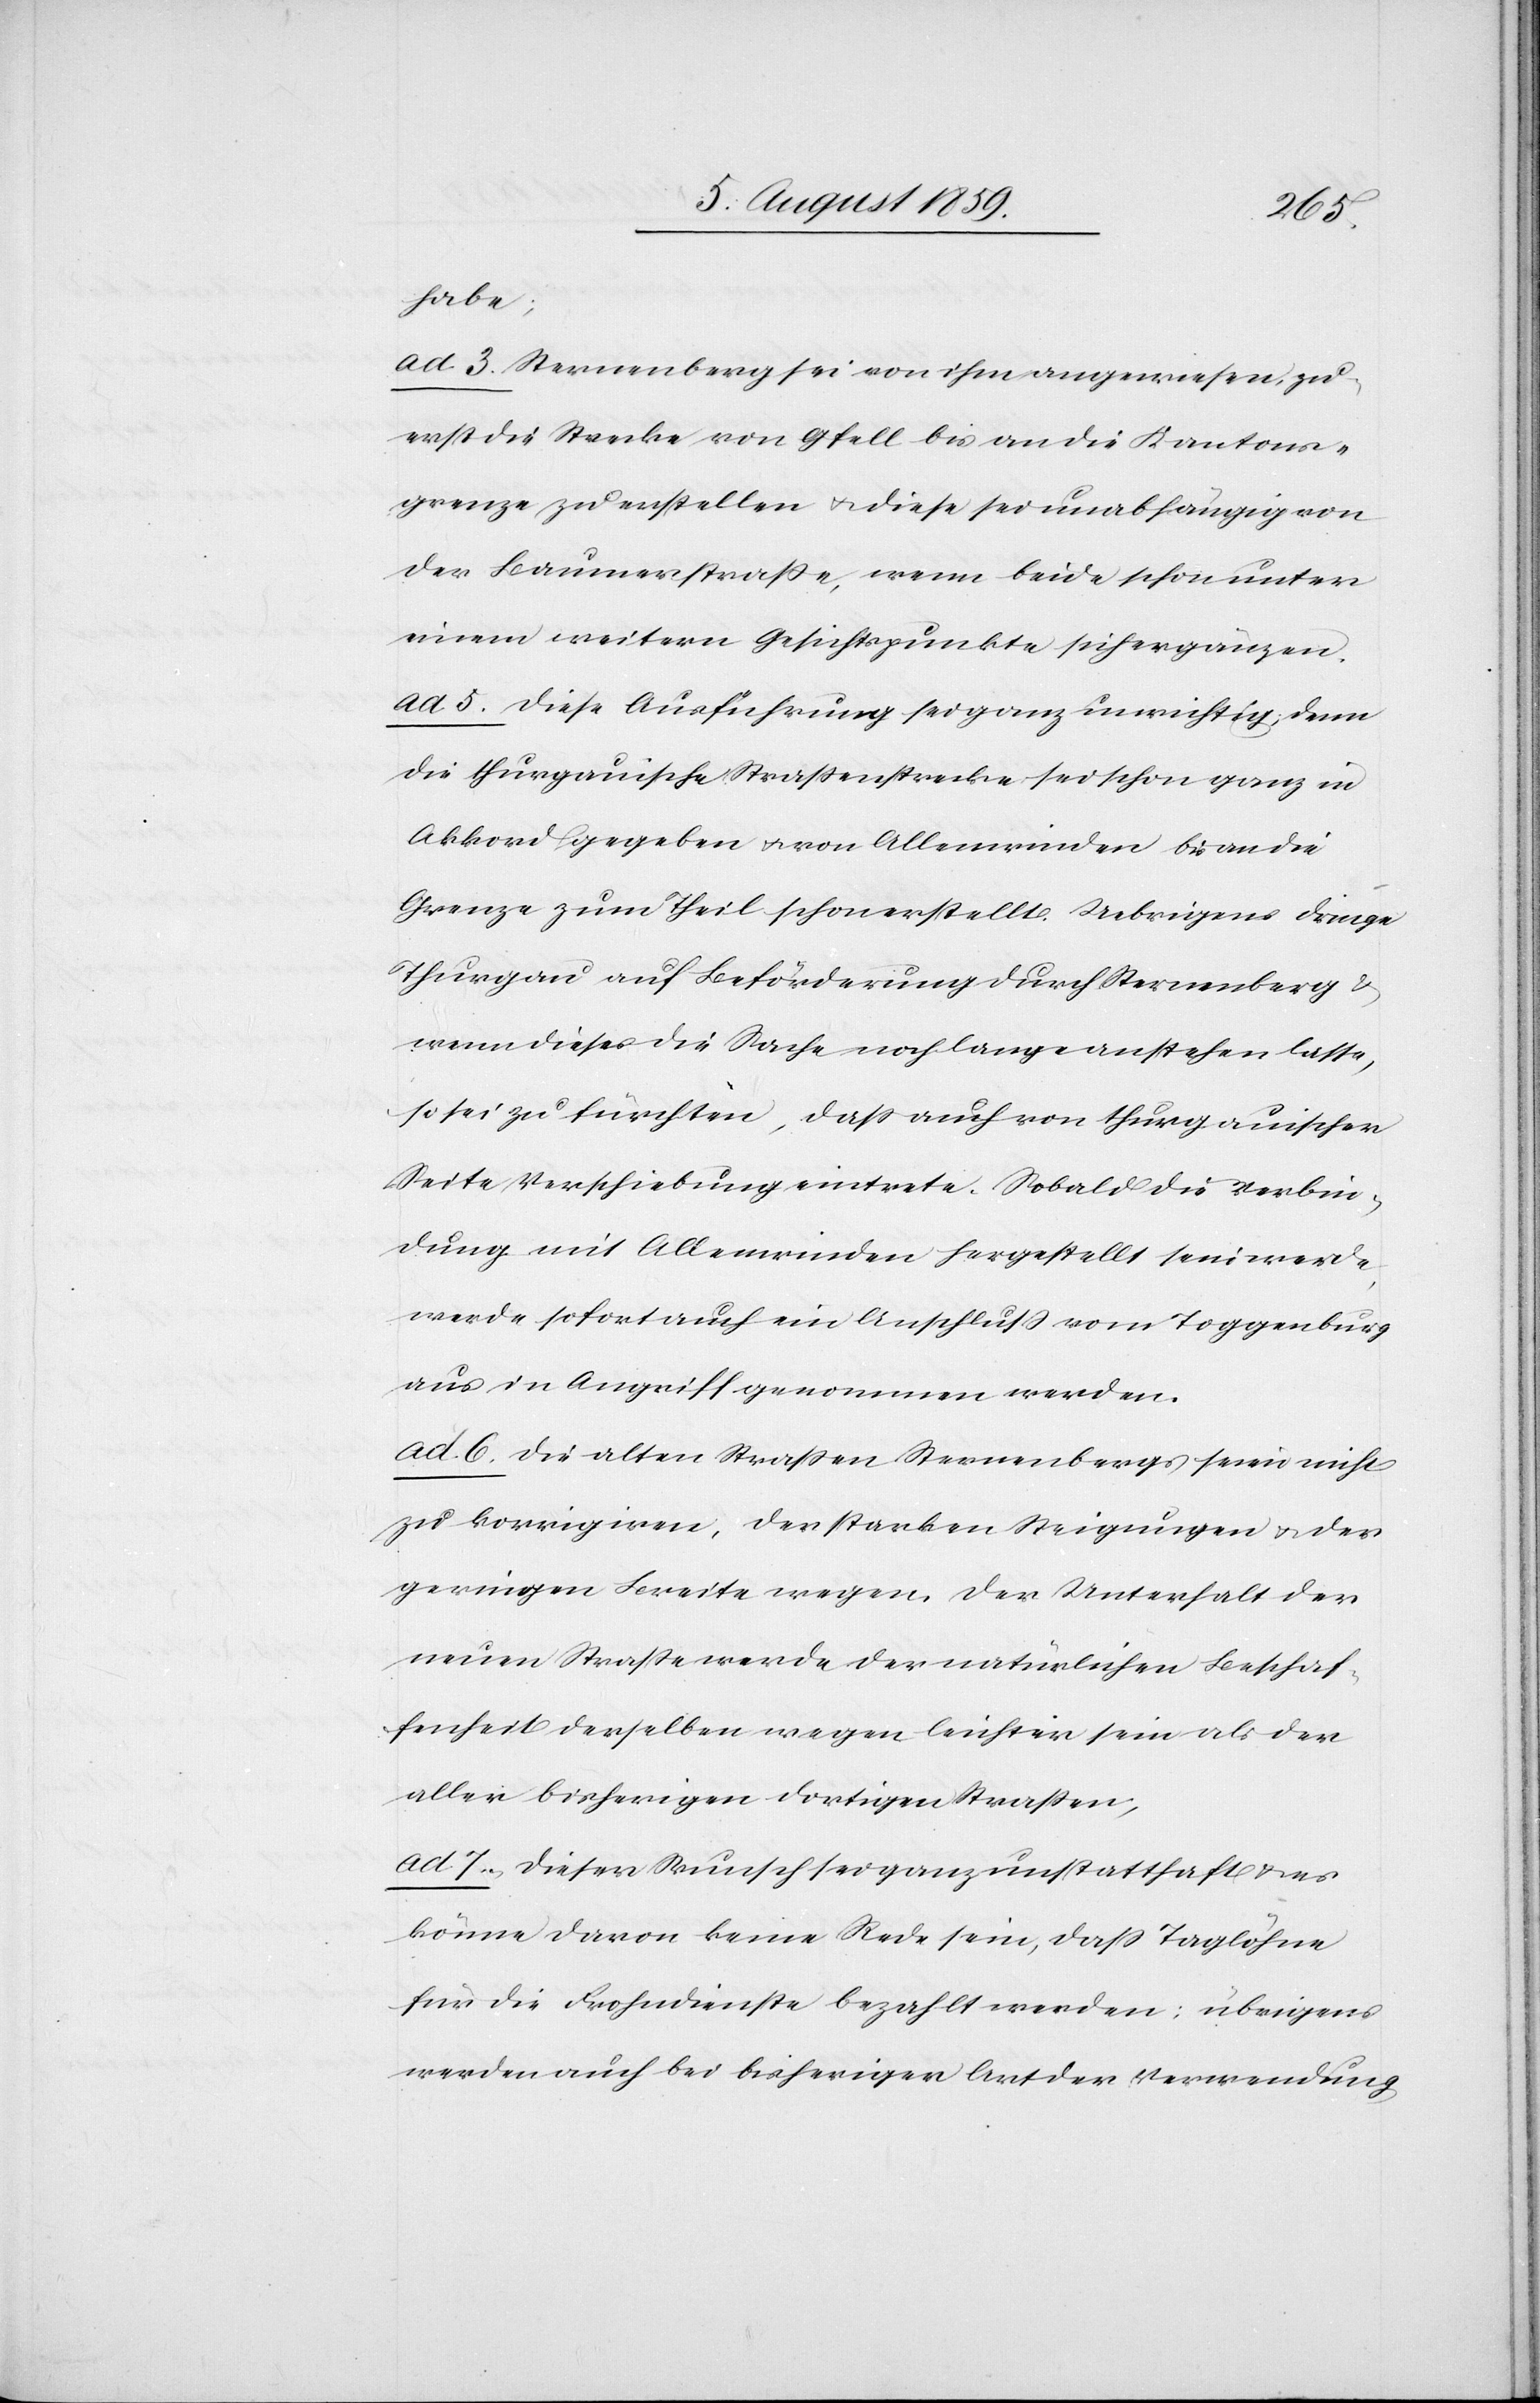
habe;
ad. 3. Sternenberg sei von ihm angewiesen, zu¬
erst die Strecke von Gfell bis an die Kantons¬
grenze zu erstellen u. diese sei unabhängig von
der Baumerstraße, wenn beide schon unter
einem weitern Gesichtspunkte sich ergänzen.
ad. 5. Diese Ausführung sei ganz unrichtig; denn
die thurgauische Straßenstrecke sei schon ganz in
Akkord gegeben u. von Allenwinden bis an die
Grenze zum Theil schon erstellt. Uebrigens dringe
Thurgau auf Beförderung durch Sternenberg u.
wenn dieses die Sache noch lange anstehen lasse,
so sei zu fürchten, daß auch von thurgauischer
Seite Verschiebung eintrete. Sobald die Verbin¬
dung mit Allenwinden hergestellt sein werde,
werde sofort auch ein Anschluß vom Toggenburg
aus in Angriff genommen werden.
ad. 6. Die alten Straßen Sternenbergs seien nicht
zu korrigieren, der starken Steigungen u. des
geringen Breite wegen. Der Unterhalt der
neuen Straße werde der natürlichen Beschaf¬
fenheit derselben wegen leichter sein als der
aller bisherigen dortigen Straßen;
ad. 7. Dieser Wunsch sei ganz unstatthaft u. es
könne davon keine Rede sein, daß Taglöhne
für die Frohndienste bezahlt werden: übrigens
werden auch bei bisheriger Art der Verwendung